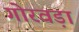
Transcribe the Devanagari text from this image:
गोरवड़ा